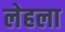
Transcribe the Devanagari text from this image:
लेहला